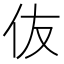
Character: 伖